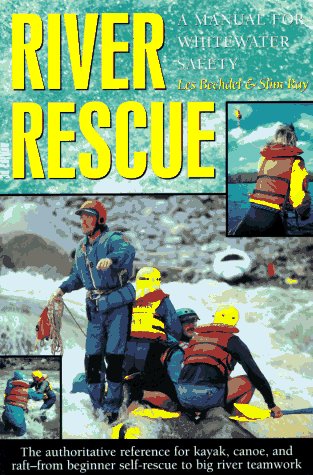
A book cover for River Rescue: A Manual for Whitewater Safety, 3rd (AMC Paddlesports); Slim Ray; Sports & Outdoors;